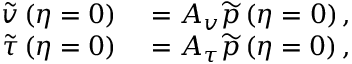
\begin{array} { r l } { \widetilde { v } \left( \eta = 0 \right) } & { { } = A _ { v } \widetilde { p } \left( \eta = 0 \right) , } \\ { \widetilde { \tau } \left( \eta = 0 \right) } & { { } = A _ { \tau } \widetilde { p } \left( \eta = 0 \right) , } \end{array}